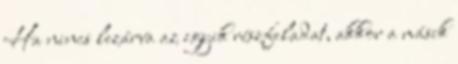
Ha nincs lezárva az egyik részfeladat, akkor a másik